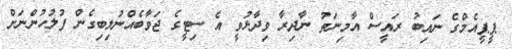
ޕީޕީއެމްގެ ނައިބު ރައީސް އާމިނަތު ނާދިރާ ވިދާޅުވީ އެ ސިޓީގެ ޖަވާބެއްނުލިބިގެން ފުލުހުންނަށް